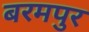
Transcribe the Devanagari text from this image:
बरमपुर